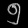
Digit: ၅